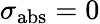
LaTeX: \sigma_{\mathrm{abs}}=0